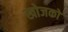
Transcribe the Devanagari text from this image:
खोजकों